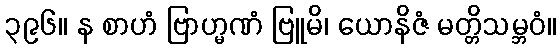
၃၉၆။ န စာဟံ ဗြာဟ္မဏံ ဗြူမိ၊ ယောနိဇံ မတ္တိသမ္ဘဝံ။